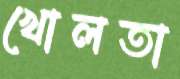
খোলতা